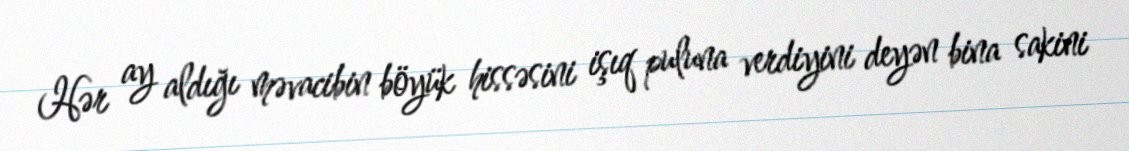
Hər ay aldığı məvacibin böyük hissəsini işıq puluna verdiyini deyən bina sakini